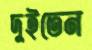
দুইতেন